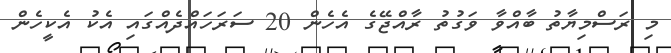
މި ރަސްމިޔާތު ބާއްވާ ވަގުތު ރާއްޖޭގެ އެހެން 20 ސަރަހައްދެއްގައި އެކު އެކީހެން